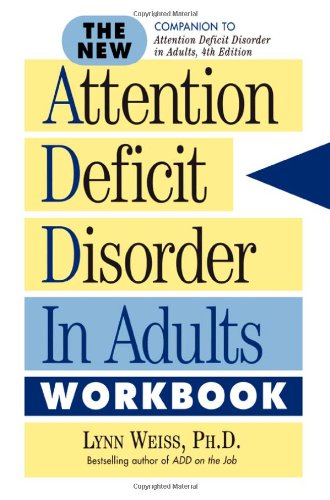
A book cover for The New ADD in Adults Workbook; Lynn Weiss PhD; Health, Fitness & Dieting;